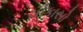
ચીકાસો